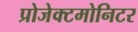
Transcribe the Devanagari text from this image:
प्रोजेक्टमोनिटर